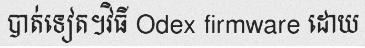
បាត់ទៀត។វិធី Odex firmware ដោយ